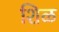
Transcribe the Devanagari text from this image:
शिळ